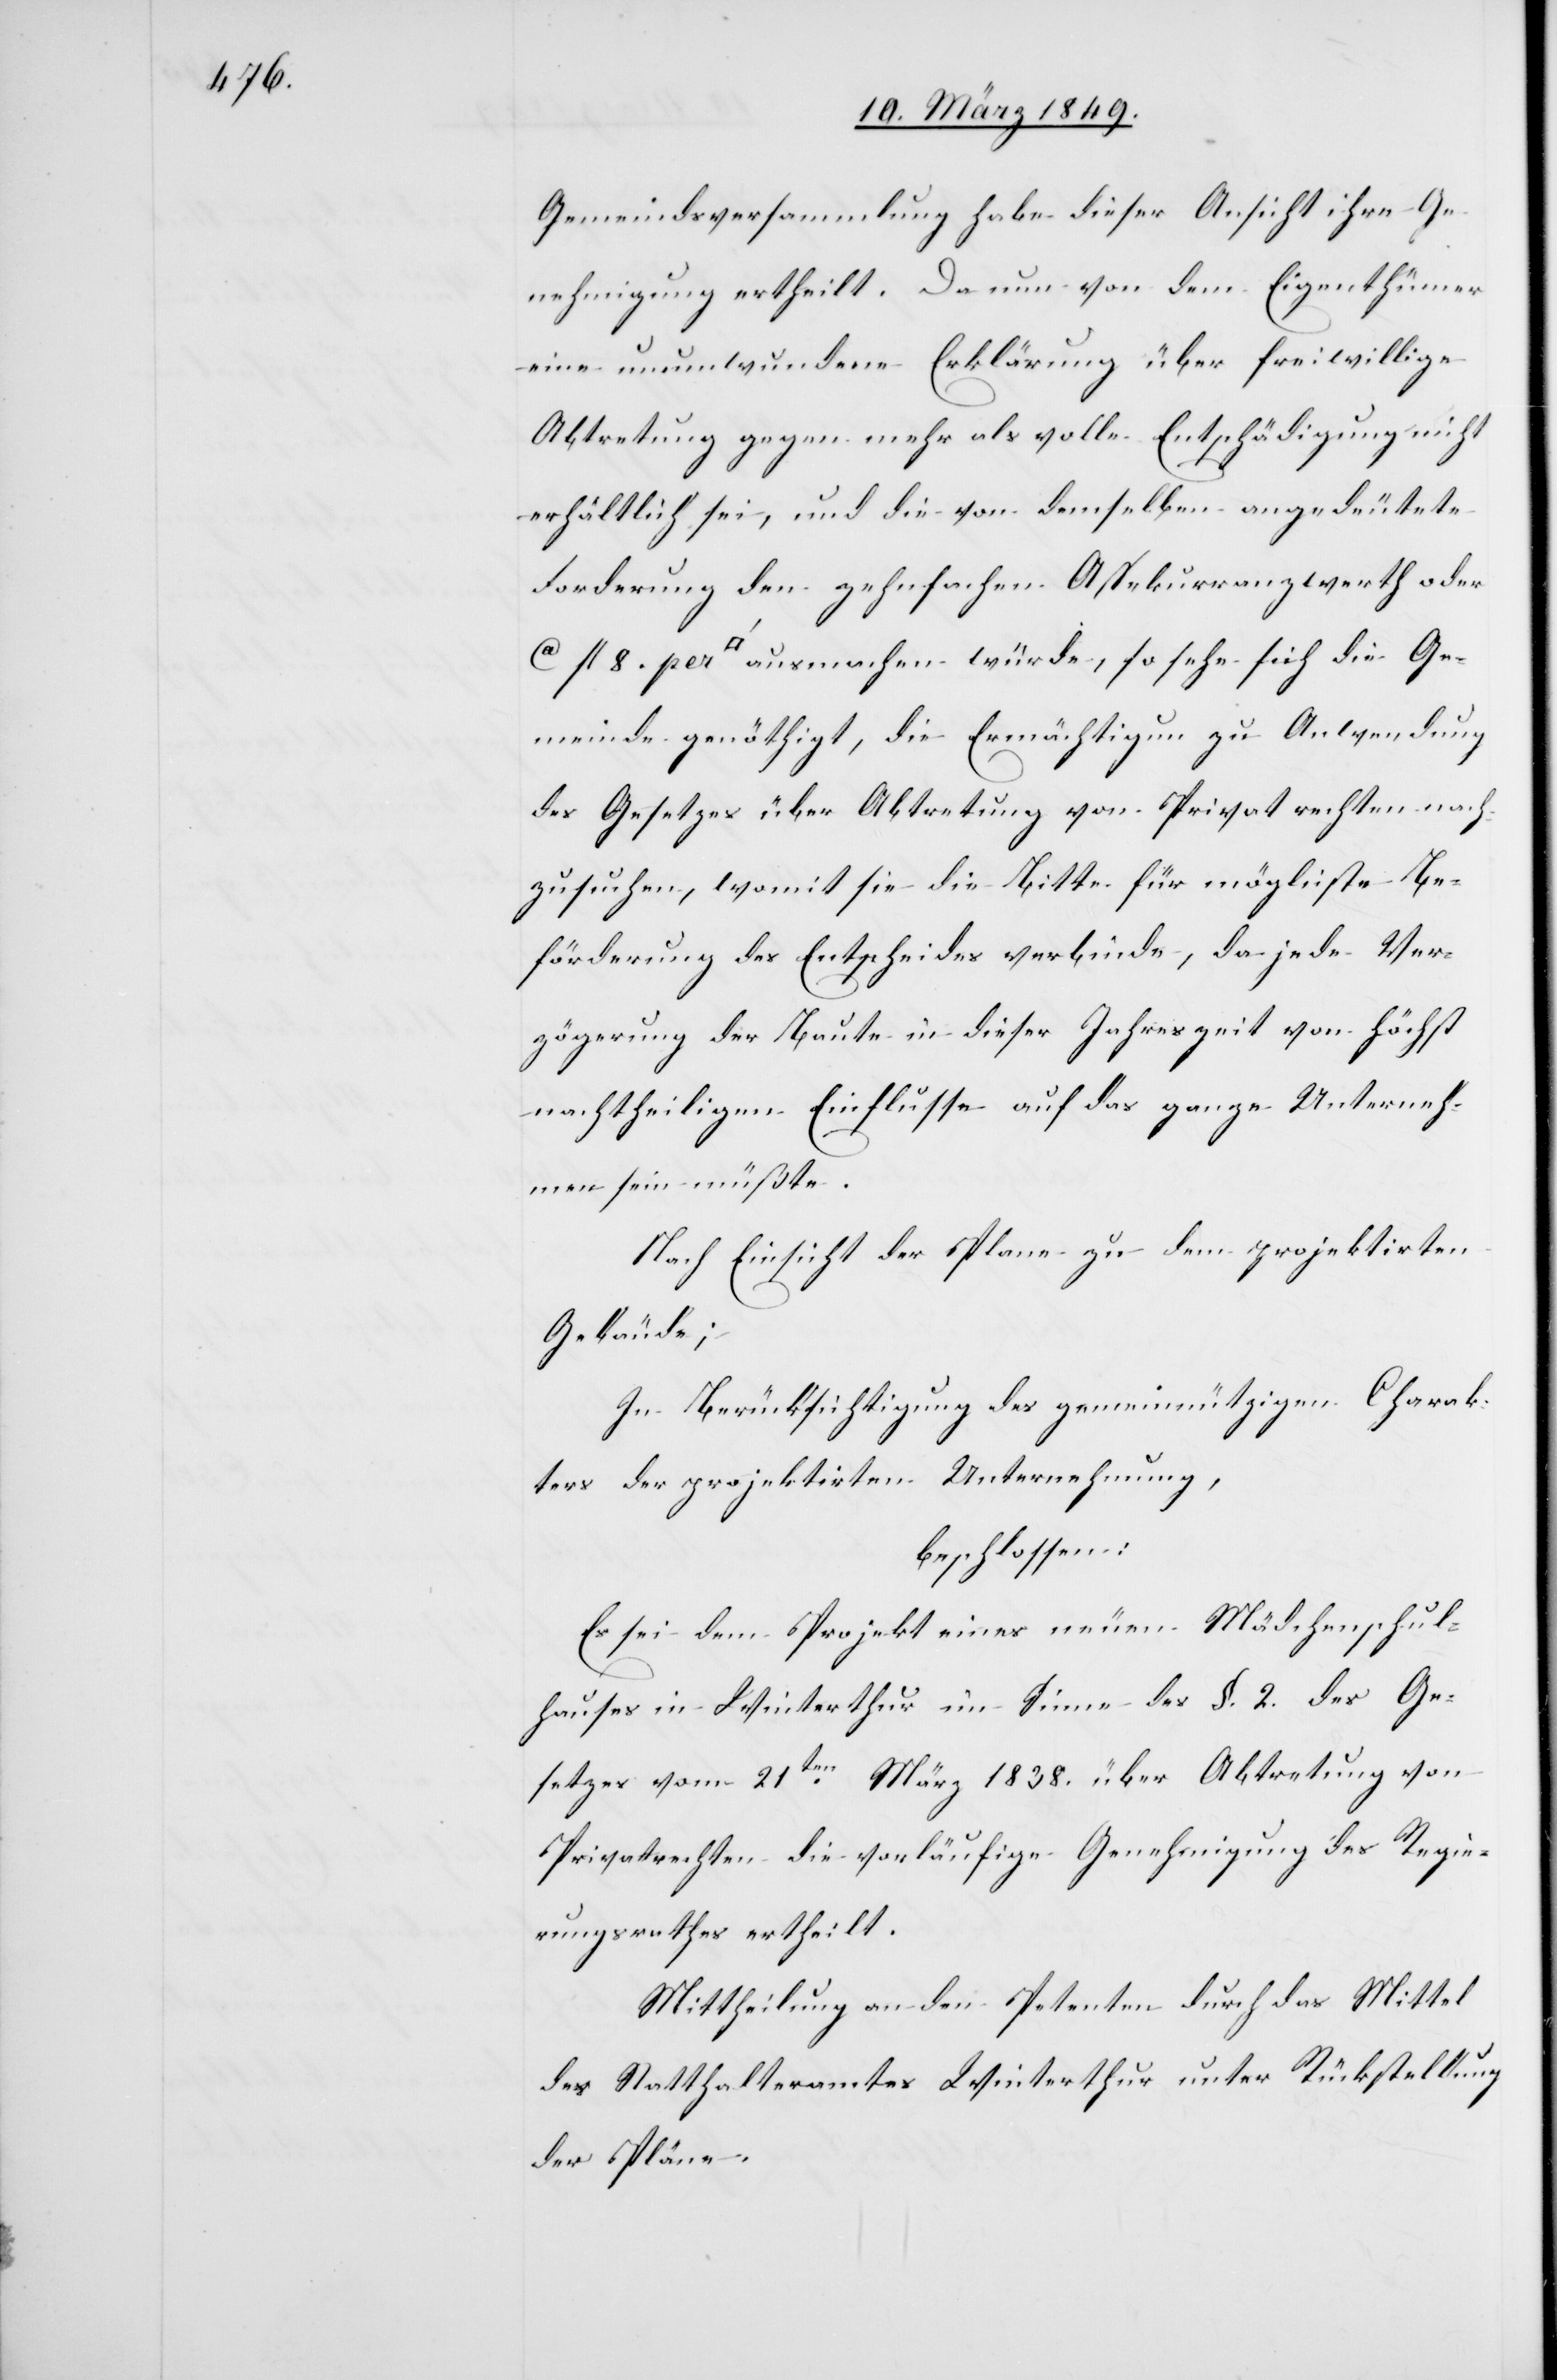
Gemeindsversammlung habe dieser Ansicht ihre Ge¬
nehmigung ertheilt. Da nun von dem Eigenthümer
eine unumwundene Erklärung über freiwillige
Abtretung gegen mehr als volle Entschädigung nicht
erhältlich sei, und die von demselben angedeutete
Forderung den zehnfachen Assekuranzwerth oder
[Quadratfuss] ausmachen würde, so sehe sich die Ge¬
meinde genöthigt, die Ermächtigun[g] zu Anwendung
des Gesetzes über Abtretung von Privatrechten nach¬
zusuchen, womit sie die Bitte für möglichste Be¬
förderung des Entscheides verbinde, da jede Ver¬
zögerung der Baute in dieser Jahreszeit von höchst
nachtheiligen [sic!] Einflusse auf das ganze Unterneh¬
men sein müßte.
Nach Einsicht der Plane [sic!] zu dem projektirten
Gebäude;
In Berücksichtigung des gemeinnützigen Charak¬
ters der projektirten Unternehmung,
beschlossen:
Es sei dem Projekt eines neuen Mädchenschul¬
hauses in Winterthur im Sinne des §. 2. des Ge¬
setzes vom 21ten. März 1838. über Abtretung von
Privatrechten die vorläufige Genehmigung des Regie¬
rungsrathes ertheilt.
Mittheilung an den Petenten durch das Mittel
des Statthalteramtes Winterthur unter Rückstellung
der Pläne.